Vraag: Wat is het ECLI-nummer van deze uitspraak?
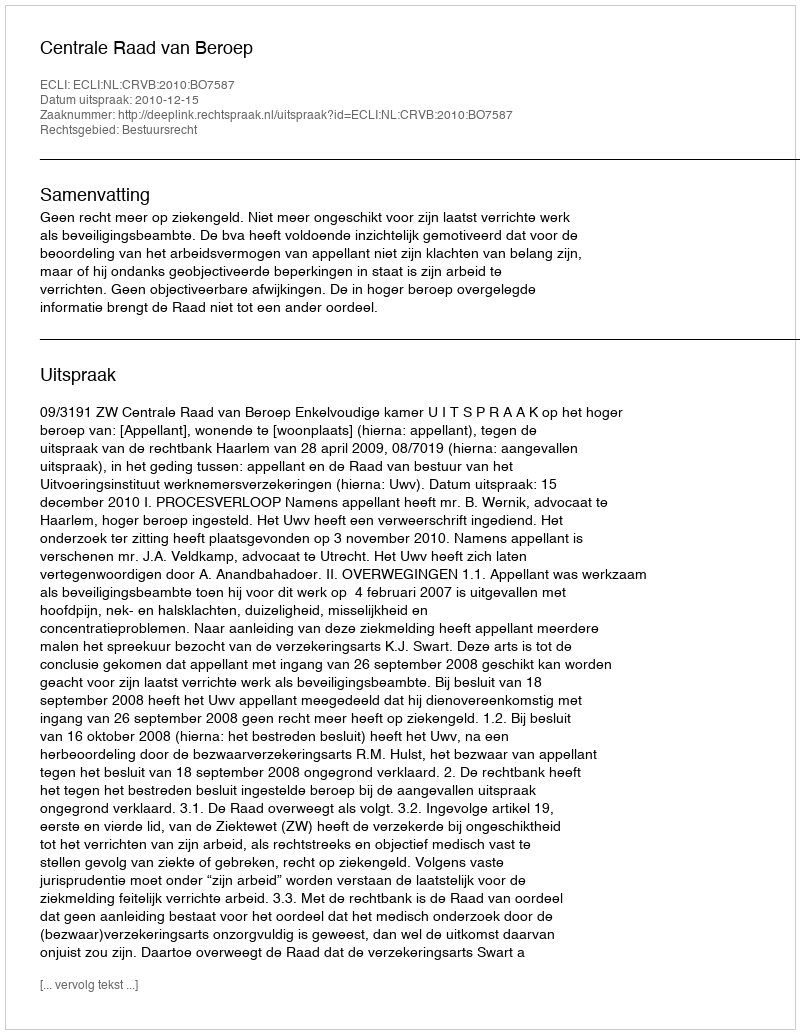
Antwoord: ECLI:NL:CRVB:2010:BO7587